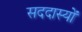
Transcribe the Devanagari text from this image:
सददास्यों